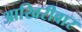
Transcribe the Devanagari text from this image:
आखिरीबार